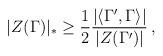
LaTeX: \begin{align*} |Z(\Gamma)|_* \geq \frac{1}{2} \frac{|\langle \Gamma',\Gamma \rangle|}{|Z(\Gamma')|} \, ,\end{align*}